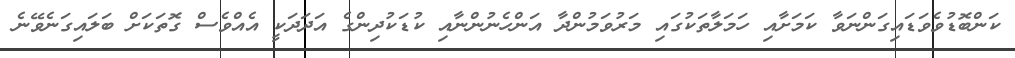
ކަންބޮޑުވެވަޑައިގަންނަވާ ކަމަށާއި ހަމަލާތަކުގައި މަރުވަމުންދާ އަންހެނުންނާއި ކުޑަކުދިންގެ އަދަދަކީ އެއްވެސް ގޮތަކަށް ބަލައިގަނެވޭނެ